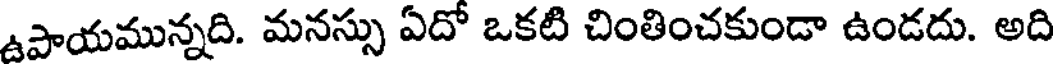
ఉపాయమున్నది. మనస్సు ఏదో ఒకటి చింతించకుండా ఉండదు. అది